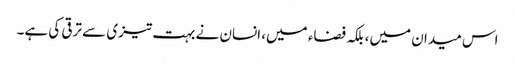
اس میدان میں، بلکہ فضاء میں، انسان نے بہت تیزی سے ترقی کی ہے۔